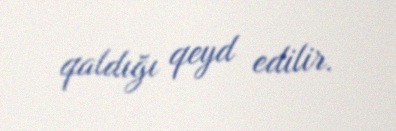
qaldığı qeyd edilir.